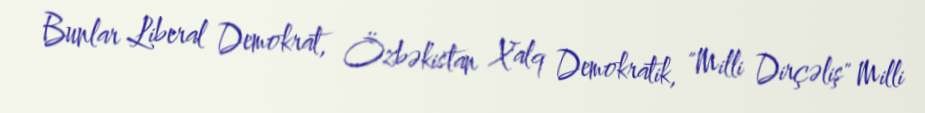
Bunlar Liberal Demokrat, Özbəkistan Xalq Demokratik, "Milli Dirçəliş" Milli